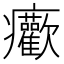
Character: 𤼢